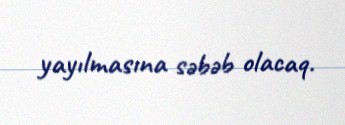
yayılmasına səbəb olacaq.